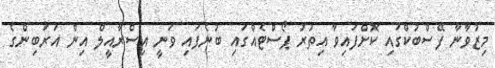
މިޒުވާނާ ފޭސްބުކްގައި ކޮށްފައިވާ އިތުރު ޕޯސްޓެއްގައި ބުނެފައި ވަނީ އިސްރާއީލް އިން އަރަބިންގެ